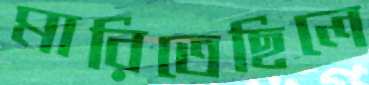
মারিতেছিলে